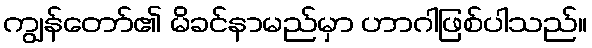
ကျွန်တော်၏ မိခင်နာမည်မှာ ဟာဂါဖြစ်ပါသည်။